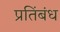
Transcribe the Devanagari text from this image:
प्रतिंबंध